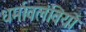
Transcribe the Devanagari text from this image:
धर्मावलंवियों